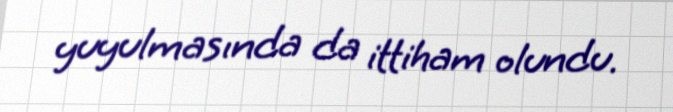
yuyulmasında da ittiham olundu.